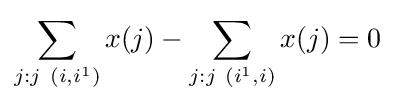
\sum _{j:j~(i,i^{1})}x(j)-\sum _{j:j~(i^{1},i)}x(j)=0